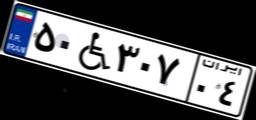
۹۵W۳۸۷۰۸